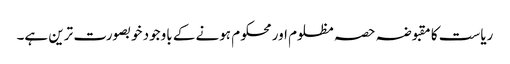
ریاست کا مقبوضہ حصہ مظلوم اور محکوم ہونے کے باوجود خوبصورت ترین ہے۔